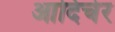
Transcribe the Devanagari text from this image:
आदिचेर